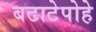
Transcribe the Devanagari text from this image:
बटाटेपोहे